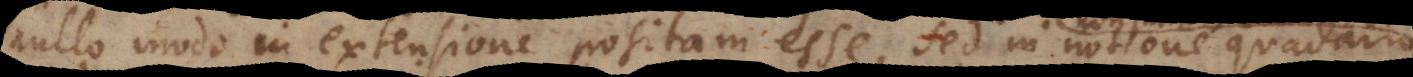
nullo modo in extensione positam esse, sed in notione quadam